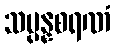
သမ္ပန္နစရဏံ